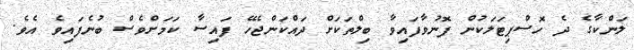
ލަންކާގެ ދެ ހޮސްޕިޓަލަކުން ފޮނުވާފައިވާ ބިލްތަކަށް ދައްކަންޖެހޭ ފައިސާ ކަމަށްވެސް ބުނެފައިވެ އެވެ.